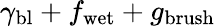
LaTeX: \gamma_{\mathrm{bl}}+f_{\mathrm{wet}}+g_{\mathrm{brush}}